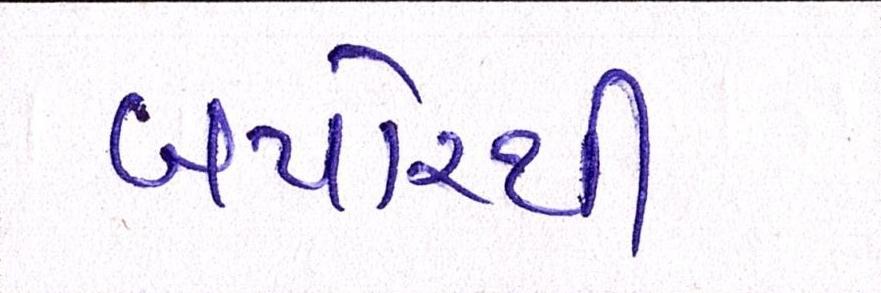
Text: બપોરથી